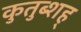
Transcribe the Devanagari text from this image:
कुतुब्शह्